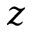
z